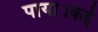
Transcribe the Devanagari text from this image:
पाया।कई